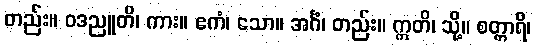
တည်း။ ဝဒညူတိ၊ ကား။ ဧကံ၊ သော။ အင်္ဂံ၊ တည်း။ ဣတိ၊ သို့။ စတ္တာရိ၊